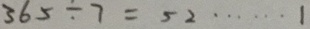
3 6 5 \div 7 = 5 2 \cdots 1